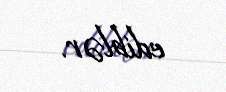
ediblər.